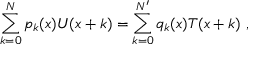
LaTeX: \sum _ { k = 0 } ^ { N } p _ { k } ( x ) U ( x + k ) = \sum _ { k = 0 } ^ { N ^ { \prime } } q _ { k } ( x ) T ( x + k ) \ ,